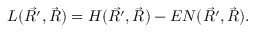
{ \cal L } ( \vec { R ^ { \prime } } , \vec { R } ) = { \cal H } ( \vec { R ^ { \prime } } , \vec { R } ) - E { \cal N } ( \vec { R ^ { \prime } } , \vec { R } ) .